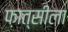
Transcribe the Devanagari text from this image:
फ़ात्सीला